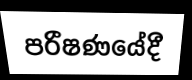
පරීෂණයේදී